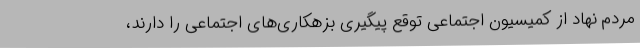
مردم نهاد از کمیسیون اجتماعی توقع پیگیری بزهکاری‌های اجتماعی را دارند،